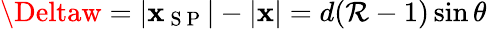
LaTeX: \Deltaw=|\mathbf{x}_{\mathrm{{~S~P~}}}|-|\mathbf{x}|=d(\mathcal{{R}}-1)\sin{\theta}